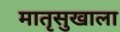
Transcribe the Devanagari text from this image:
मातृसुखाला